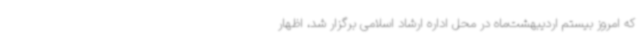
که امروز بیستم اردیبهشت‌ماه در محل اداره ارشاد اسلامی برگزار شد، اظهار